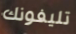
تليفونك